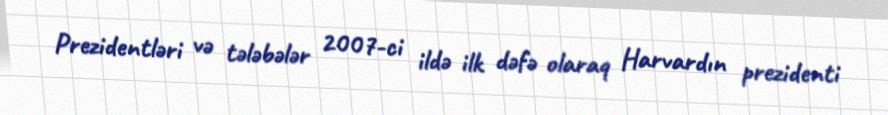
Prezidentləri və tələbələr 2007-ci ildə ilk dəfə olaraq Harvardın prezidenti